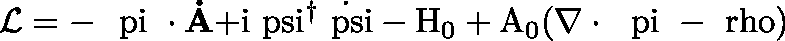
{ \cal L } = - \mathrm { \boldmath ~ \ p i ~ } \bf \cdot \dot { A } \mathrm { + i \ p s i ^ { \dagger } \dot { \ p s i } - H _ { 0 } + A _ { 0 } ( \nabla \cdot \mathrm { \boldmath ~ \ p i ~ } - \ r h o ) }